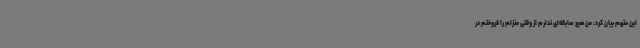
این متهم بیان کرد: من هیچ سابقه‌ای ندارم از وقتی منزلم را فروختم در